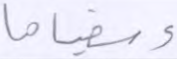
وسقياها